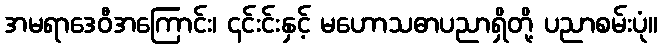
အမရာဒေဝီအကြောင်း၊ ၎င်းင်းနှင့် မဟောသဓာပညာရှိတို့ ပညာစမ်းပုံ။